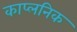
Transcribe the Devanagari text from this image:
काप्लनिक